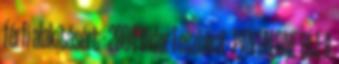
férfi alakításért - 2004 Vidor Fesztivál - PANTALONE-DÍJ: A